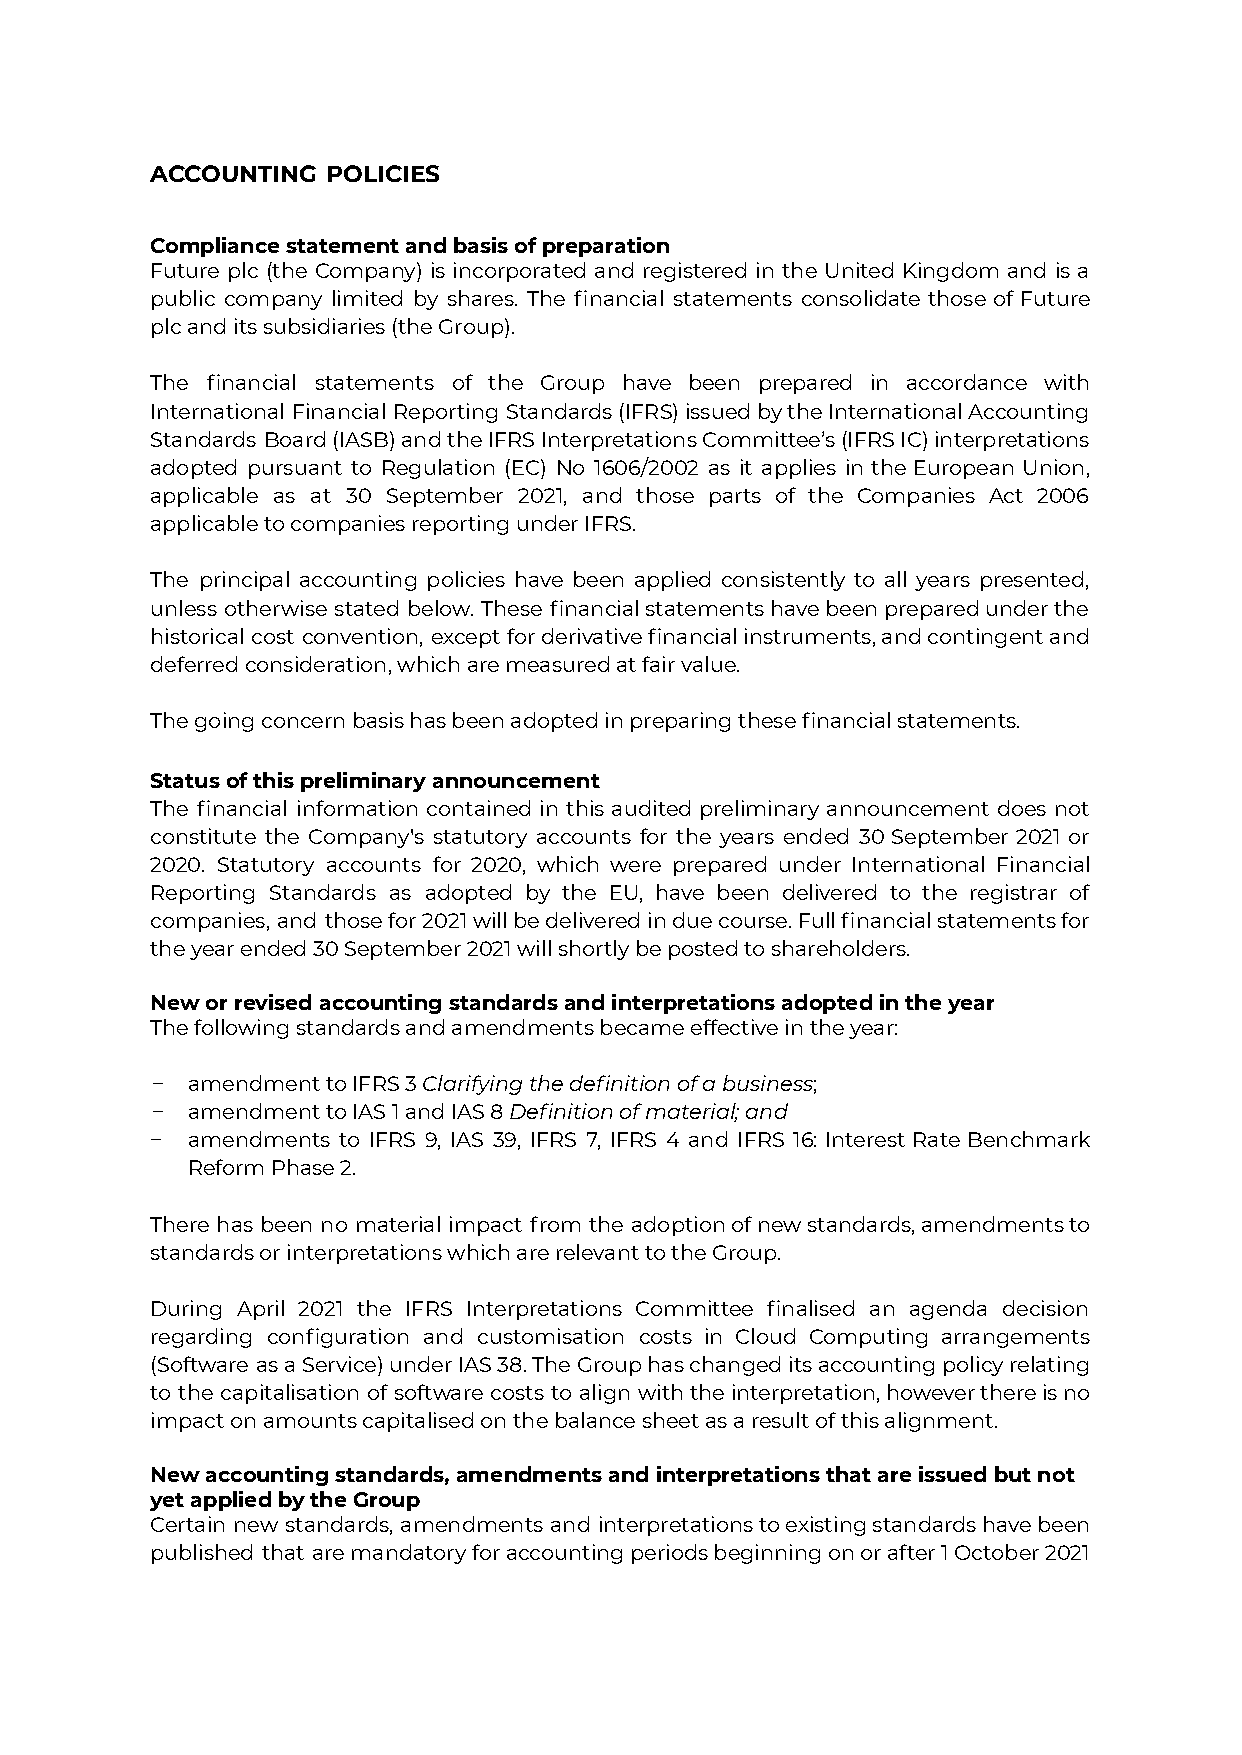
ACCOUNTING  POLICIES
 Compliance statement and basis of preparation
 Future plc (the Company) is incorporated and registered in the United Kingdom and is a
 public company limited by shares. The financial statements consolidate those of Future
 plc and its subsidiaries (the Group).
 The financial statements of the Group have been prepared in accordance with
 International Financial Reporting Standards(IFRS)issuedbytheInternationalAccounting
 Standards Board(IASB)andtheIFRSInterpretationsCommittee’s(IFRSIC)interpretations
 adopted pursuant to Regulation (EC) No 1606/2002 as it applies in the European Union,
 applicable as at 30 September 2021, and those parts of the Companies Act 2006
 applicable to companies reporting under IFRS.
 The principal accounting policies have been applied consistently to all years presented,
 unless otherwise stated below. These financialstatementshavebeenpreparedunderthe
 historical cost convention, except forderivativefinancialinstruments,andcontingentand
 deferred consideration, which are measured at fair value.
 The going concern basis has been adopted in preparing these financial statements.
 Status of this preliminary announcement
 The financial information contained in this audited preliminary announcement does not
 constitute the Company's statutory accounts for the years ended 30 September 2021 or
 2020. Statutory accounts for 2020, which were prepared under International Financial
 Reporting Standards as adopted by the EU, have been delivered to the registrar of
 companies, and thosefor2021willbedeliveredinduecourse.Fullfinancialstatementsfor
 the year ended 30 September 2021 will shortly be posted to shareholders.
 New or revised accounting standards and interpretations adopted in the year
 The following standards and amendments became effective in the year:
 − amendment to IFRS 3Clarifying the definition of abusiness;
 − amendment to IAS 1 and IAS 8Definition of material;and
 − amendments to IFRS 9, IAS 39, IFRS 7, IFRS 4 and IFRS 16: Interest Rate Benchmark
 Reform Phase 2.
 There has been no material impact from the adoptionofnewstandards,amendmentsto
 standards or interpretations which are relevant to the Group.
 During April 2021 the IFRS Interpretations Committee finalised an agenda decision
 regarding configuration and customisation costs in Cloud Computing arrangements
 (Software asaService)underIAS38.TheGrouphaschangeditsaccountingpolicyrelating
 to the capitalisation of software costs to align withtheinterpretation,howeverthereisno
 impact on amounts capitalised on the balance sheet as a result of this alignment.
 New accounting standards, amendments and interpretations that are issued but not
 yet applied by the Group
 Certain new standards, amendments and interpretationstoexistingstandardshavebeen
 published that aremandatoryforaccountingperiodsbeginningonorafter1October2021